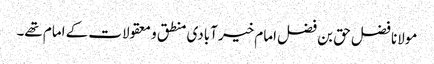
مولانا فضل حق بن فضل امام خیر آبادی منطق و معقولات کے امام تھے۔